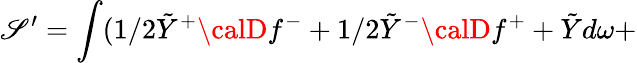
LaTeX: \mathscr{S}^{\prime}=\int(1/2\tilde{{Y}}^{+}{\calD}f^{-}+1/2\tilde{{Y}}^{-}{\calD}f^{+}+\tilde{{Y}}d\omega+